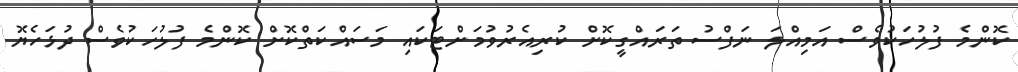
ކޮންމެ ފުލުހަކުވެސް އަމިއްލަ ނަފްސު ތަރައްގީކޮށް ކުރިއެރުވުމަށްޓަކައި މަސައްކަތްކޮށް ކޮންމެ ފުލުހަކުވެސް ދުޅަހެޔޮ